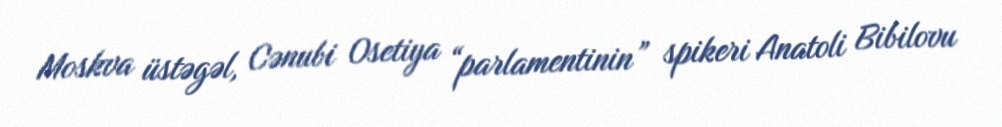
Moskva üstəgəl, Cənubi Osetiya “parlamentinin” spikeri Anatoli Bibilovu